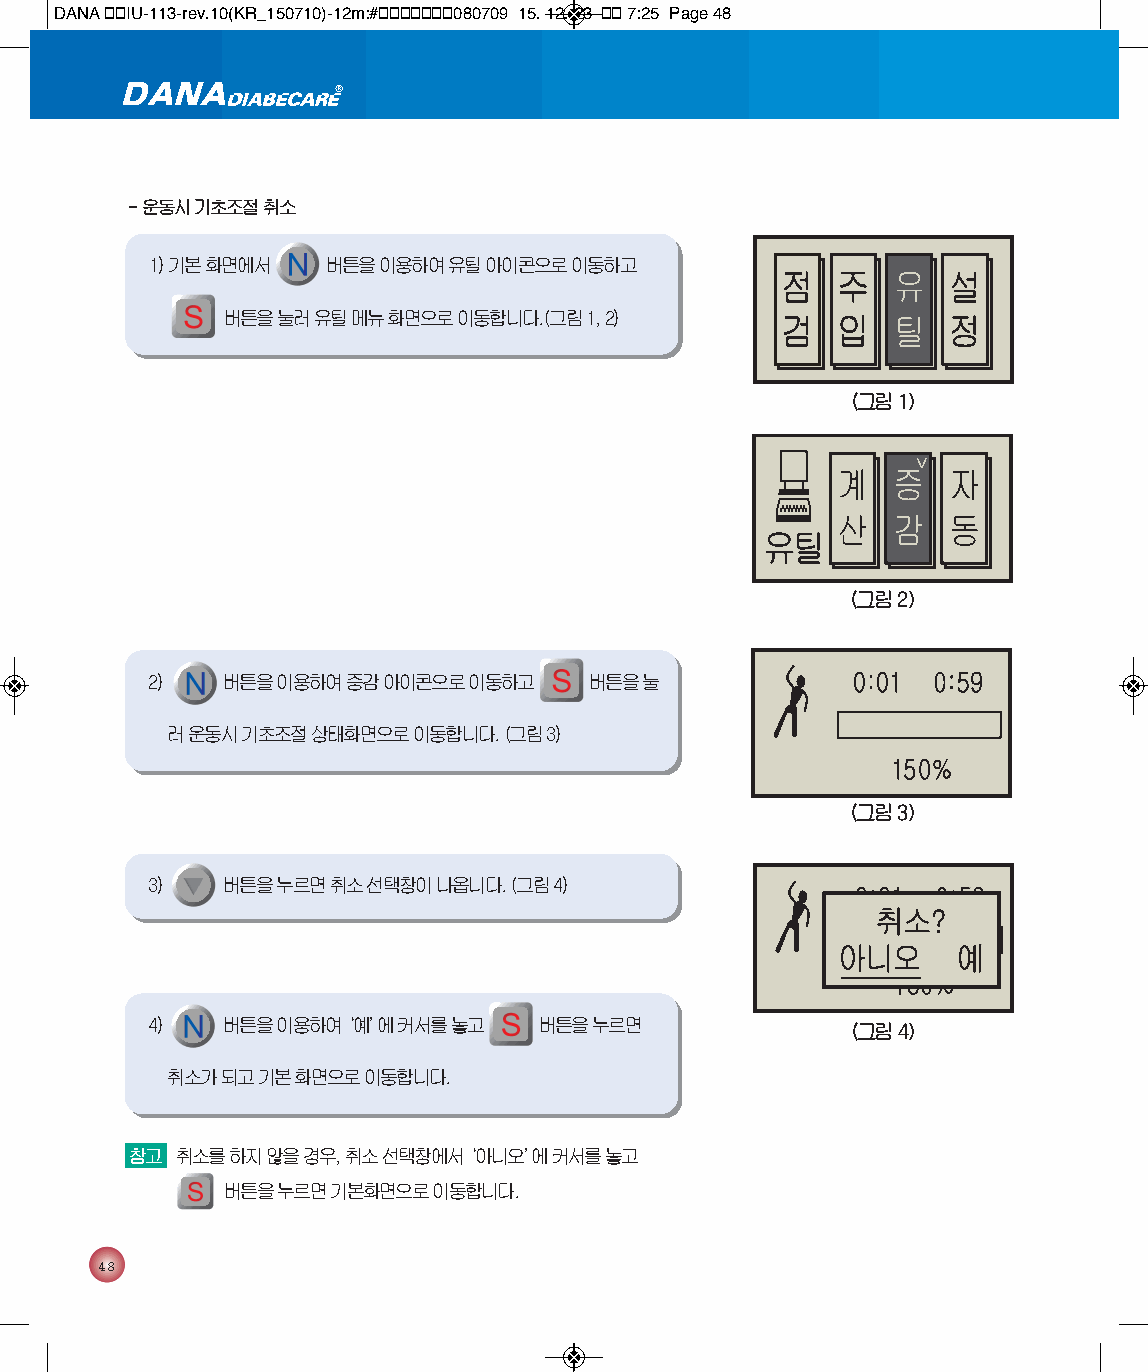
DANA 통통IU-113-rev.10(KR_150710)-12m:#통통통통통통통080709 15. 12. 23 통통 7:25 Page 48
 - 운동시 기초조절 취소
 1) 기본 화면에서  버튼을 이용하여 유틸 아이콘으로 이동하고
 버튼을 눌러 유틸 메뉴 화면으로 이동합니다.(그림 1, 2)
 (그림 1)
 (그림 2)
 2)   버튼을 이용하여 증감 아이콘으로 이동하고  버튼을 눌
 러 운동시 기초조절 상태화면으로 이동합니다. (그림 3)
 (그림 3)
 3)   버튼을 누르면 취소 선택창이 나옵니다. (그림 4)
 4)   버튼을 이용하여‘ 예’에 커서를 놓고 버튼을 누르면             (그림 4)
 취소가 되고 기본 화면으로 이동합니다.
 참고 취소를 하지 않을 경우, 취소 선택창에서‘ 아니오’에 커서를 놓고
 버튼을 누르면 기본화면으로 이동합니다.
 48